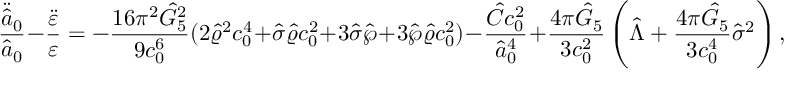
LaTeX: { \frac { \ddot { \hat { a } } _ { 0 } } { \hat { a } _ { 0 } } } - { \frac { \ddot { \varepsilon } } { \varepsilon } } = - { \frac { 1 6 \pi ^ { 2 } \hat { G } _ { 5 } ^ { 2 } } { 9 c _ { 0 } ^ { 6 } } } ( 2 \hat { \varrho } ^ { 2 } c _ { 0 } ^ { 4 } + \hat { \sigma } \hat { \varrho } c _ { 0 } ^ { 2 } + 3 \hat { \sigma } \hat { \wp } + 3 \hat { \wp } \hat { \varrho } c _ { 0 } ^ { 2 } ) - { \frac { \hat { \cal C } c _ { 0 } ^ { 2 } } { \hat { a } _ { 0 } ^ { 4 } } } + { \frac { 4 \pi \hat { G } _ { 5 } } { 3 c _ { 0 } ^ { 2 } } } \left( \hat { \Lambda } + { \frac { 4 \pi \hat { G } _ { 5 } } { 3 c _ { 0 } ^ { 4 } } } \hat { \sigma } ^ { 2 } \right) ,